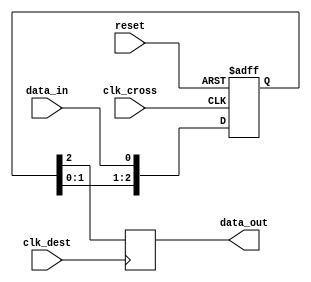
module three_flop_synchronizer (
    input wire clk_cross,
    input wire clk_dest,
    input wire reset,
    input wire data_in,
    output reg data_out
);

reg [2:0] reg_data;

always @(posedge clk_cross or posedge reset) begin
    if (reset) begin
        reg_data <= 3'b0;
    end else begin
        reg_data <= {reg_data[1:0], data_in};
    end
end

always @(posedge clk_dest) begin
    data_out <= reg_data[2];
end

endmodule